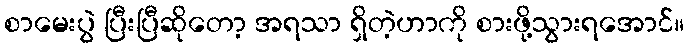
စာမေးပွဲ ပြီးပြီဆိုတော့ အရသာ ရှိတဲ့ဟာကို စားဖို့သွားရအောင်။